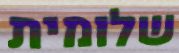
שלומית